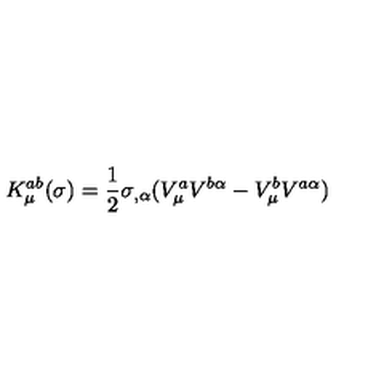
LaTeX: K _ { \mu } ^ { a b } ( \sigma ) = \frac { 1 } { 2 } \sigma _ { , \alpha } ( V _ { \mu } ^ { a } V ^ { b \alpha } - V _ { \mu } ^ { b } V ^ { a \alpha } )